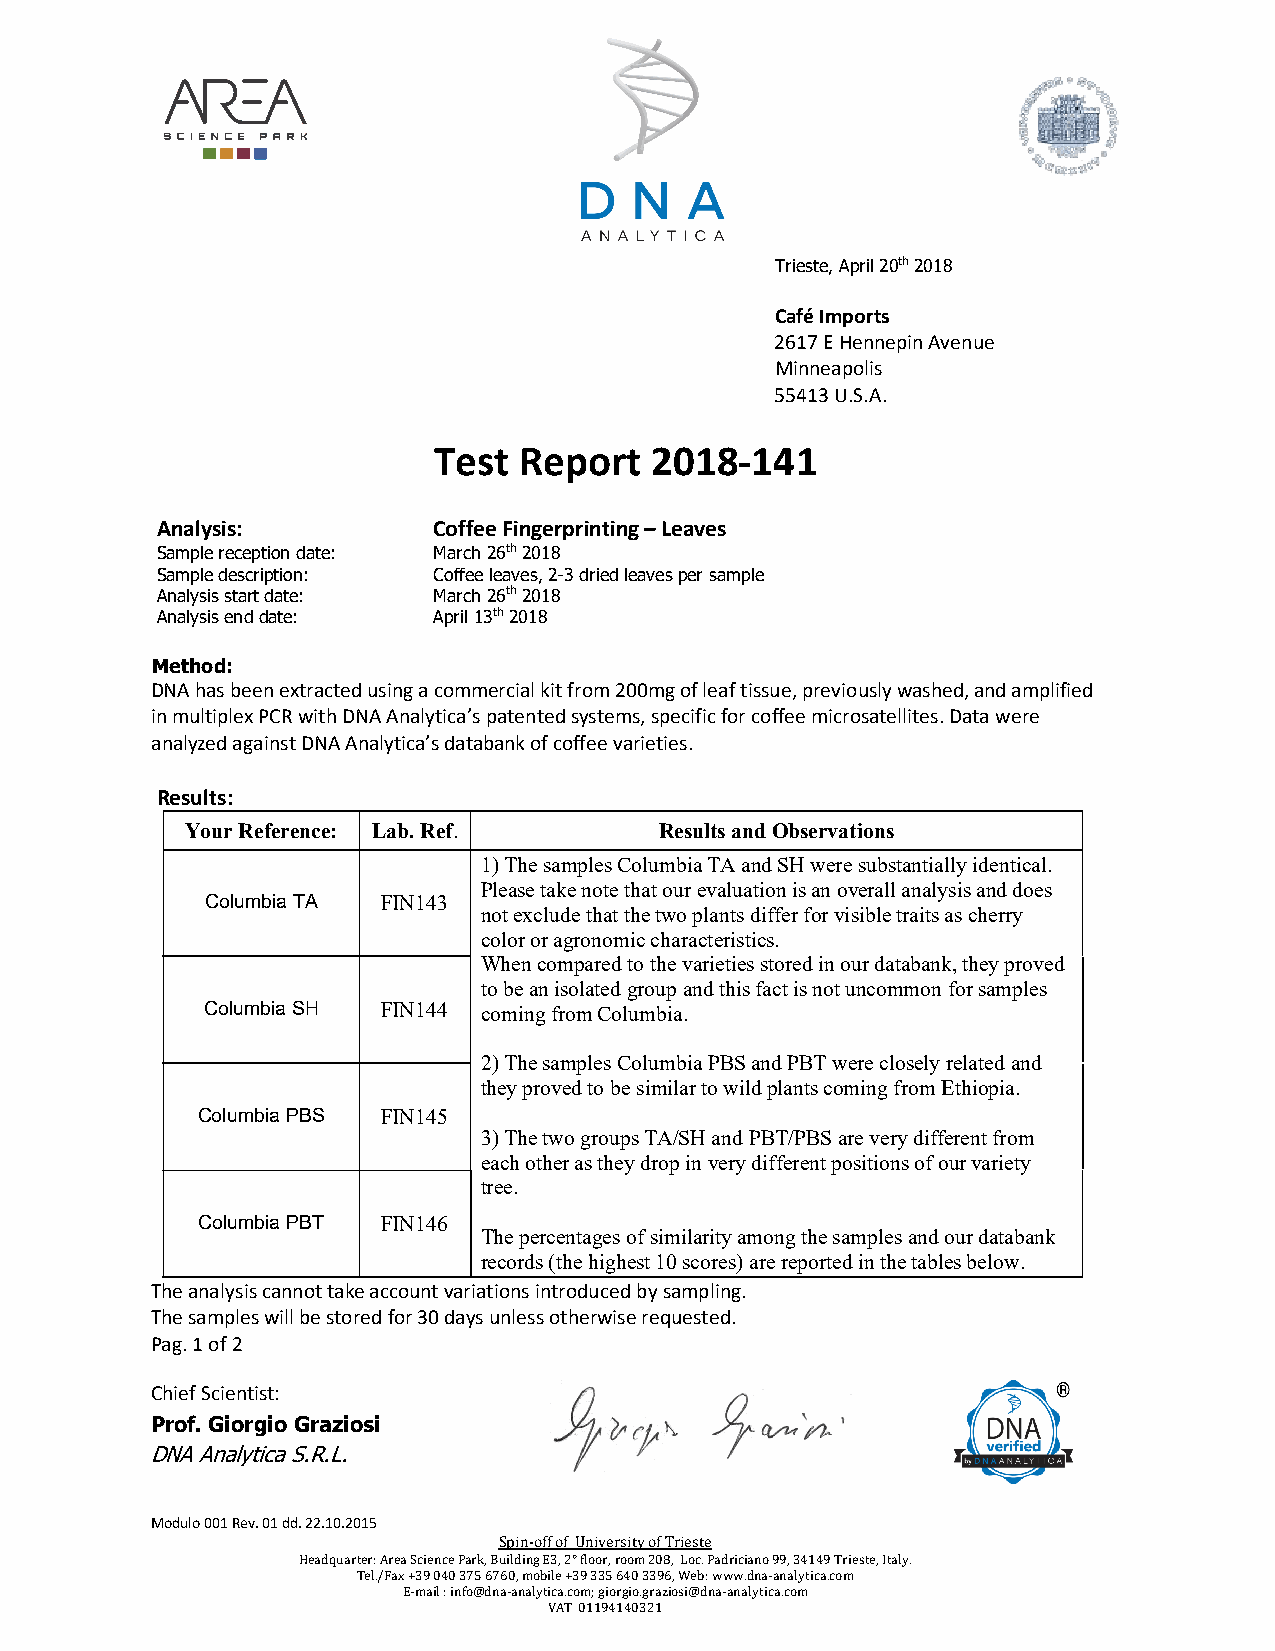
Trieste, April 20th 2018
 Café Imports
 2617 E Hennepin Avenue
 Minneapolis
 55413 U.S.A.
 Test Report   2018-141
 Analysis:          Coffee Fingerprinting – Leaves
 Sample reception date: March 26th 2018
 Sample description: Coffee leaves, 2-3 dried leaves per sample
 Analysis start date: March 26th 2018
 Analysis end date: April 13th 2018
 Method:
 DNA has been extracted using a commercial kit from 200mg of leaf tissue, previously washed, and amplified
 in multiplex PCR with DNA Analytica’s patented systems, specific for coffee microsatellites. Data were
 analyzed against DNA Analytica’s databank of coffee varieties.
 Results:
 Your Reference: Lab. Ref.       Results and Observations
 1) The samples Columbia TA and SH were substantially identical.
 Please take note that our evaluation is an overall analysis and does
 Columbia TA FIN143
 not exclude that the two plants differ for visible traits as cherry
 color or agronomic characteristics.
 When compared to the varieties stored in our databank, they proved
 to be an isolated group and this fact is not uncommon for samples
 Columbia SH FIN144 coming from Columbia.
 2) The samples Columbia PBS and PBT were closely related and
 they proved to be similar to wild plants coming from Ethiopia.
 Columbia PBS FIN145
 3) The two groups TA/SH and PBT/PBS are very different from
 each other as they drop in very different positions of our variety
 tree.
 Columbia PBT FIN146
 The percentages of similarity among the samples and our databank
 records (the highest 10 scores) are reported in the tables below.
 The analysis cannot take account variations introduced by sampling.
 The samples will be stored for 30 days unless otherwise requested.
 Pag. 1 of 2
 Chief Scientist:
 Prof. Giorgio Graziosi
 DNA Analytica S.R.L.
 Modulo 001 Rev. 01 dd. 22.10.2015
 Spin-off of University of Trieste
 Headquarter: Area Science Park, Building E3, 2° floor, room 208, Loc. Padriciano 99, 34149 Trieste, Italy.
 Tel./Fax +39 040 375 6760, mobile +39 335 640 3396, Web: www.dna-analytica.com
 E-mail : info@dna-analytica.com; giorgio.graziosi@dna-analytica.com
 VAT 01194140321